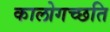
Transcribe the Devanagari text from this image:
कालोगच्छति